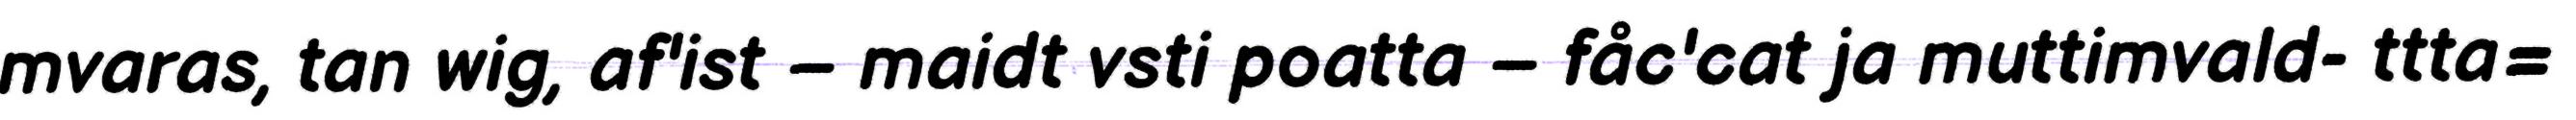
mvaras, tan wig, af'ist – maidt vsti poatta – fåc'cat ja muttimvald- ttta=